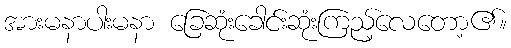
အားမနာပါးမနာ ခြေဆုံးခေါင်းဆုံးကြည့်လေတော့၏။